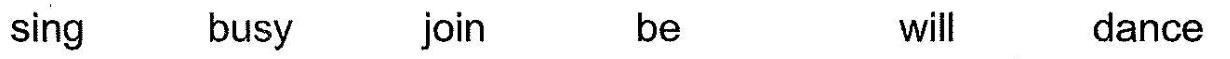
sing busy join be will dance